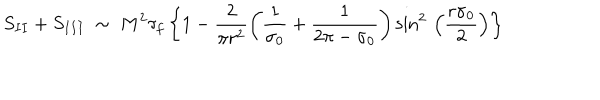
LaTeX: S _ { I I } + S _ { I I I } ~ \sim ~ M ^ { 2 } \tau _ { f } \left\{ 1 - \frac { 2 } { \pi r ^ { 2 } } \left( \frac { 1 } { \sigma _ { 0 } } + \frac { 1 } { 2 \pi - \sigma _ { 0 } } \right) { \sin } ^ { 2 } \, \left( \frac { r \sigma _ { 0 } } { 2 } \right) \right\}